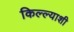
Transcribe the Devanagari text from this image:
किल्ल्याशी